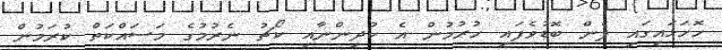
ހޮހަޅައިގައި ފެން ބޮޑުވެފައި ހުރުމުން އެ ކުދިންނާއި ކޯޗު ނެރުމުގެ މަަސައްކަތް ކުރަމުން